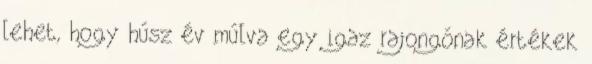
lehet, hogy húsz év múlva egy igaz rajongónak értékek